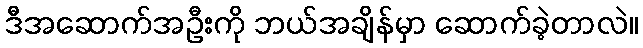
ဒီအဆောက်အဦးကို ဘယ်အချိန်မှာ ဆောက်ခဲ့တာလဲ။